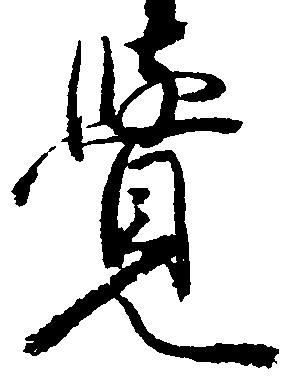
覚